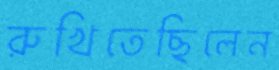
রুখিতেছিলেন